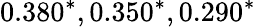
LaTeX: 0.380^{*},0.350^{*},0.290^{*}